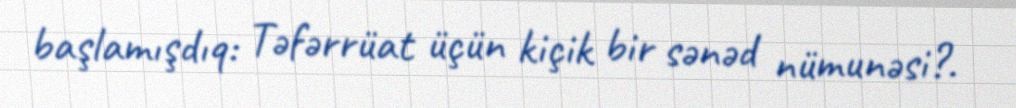
başlamışdıq: Təfərrüat üçün kiçik bir sənəd nümunəsi?.